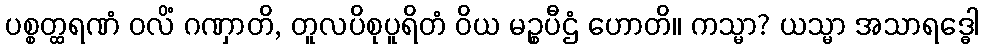
ပစ္စတ္ထရဏံ ဝလိံ ဂဏှာတိ, တူလပိစုပူရိတံ ဝိယ မဉ္စပီဌံ ဟောတိ။ ကသ္မာ? ယသ္မာ အသာရဒ္ဓေါ